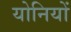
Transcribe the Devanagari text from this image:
योनियों